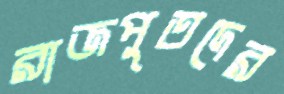
রাজপুতদের